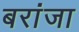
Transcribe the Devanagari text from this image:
बरांजा